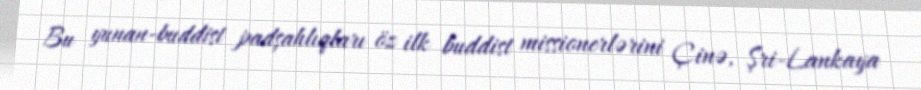
Bu yunan-buddist padşahlıqları öz ilk buddist missionerlərini Çinə, Şri-Lankaya